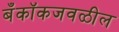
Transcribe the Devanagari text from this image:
बँकॉकजवळील